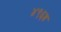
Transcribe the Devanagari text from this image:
४९६ड